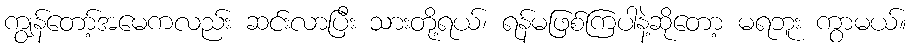
ကျွန်တော့်အမေကလည်း ဆင်းလာပြီး သားတို့ရယ်၊ ရန်မဖြစ်ကြပါနဲ့ဆိုတော့ မရဘူး ကွာမယ်။